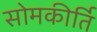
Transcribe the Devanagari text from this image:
सोमकीर्ति